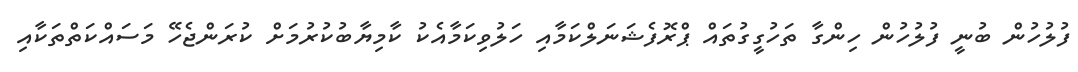
ފުލުހުން ބުނީ ފުލުހުން ހިންގާ ތަހުގީގުތައް ޕްރޮފެޝަނަލްކަމާއި ހަލުވިކަމާއެކު ކާމިޔާބުކުރުމަށް ކުރަންޖެހޭ މަސައްކަތްތަކާއި